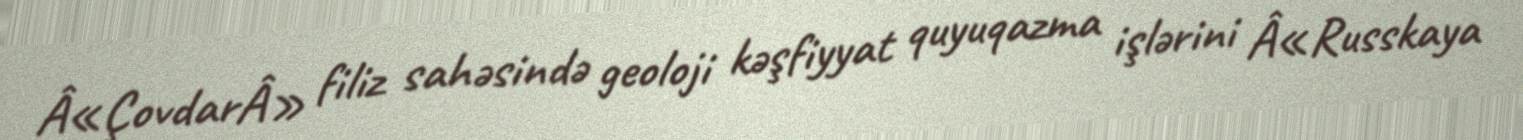
Â«ÇovdarÂ» filiz sahəsində geoloji kəşfiyyat quyuqazma işlərini Â«Russkaya